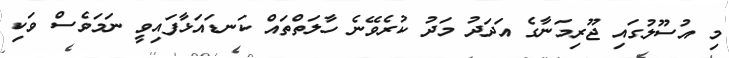
މި އުސޫލުގައި ޖޫރިމަނާގެ އަދަދު މަދު ކުރެވޭނެ ހާލަތްތައް ކަނޑައަޅާފައިވީ ނަމަވެސް ވަކި